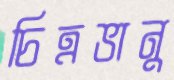
চিত্রভানু